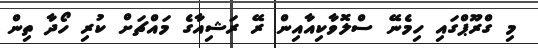
މި ގްރޫޕްގައި ހިމެނޭ ސްލޮވާކިއާއިން ރޭ ރަޝިއާގެ މައްޗަށް ކުރި ހޯދާ ތިން